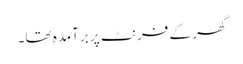
گھر کے فرنٹ پر برآمدہ تھا۔